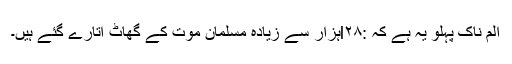
الم ناک پہلو یہ ہے کہ :l۲۸ہزار سے زیادہ مسلمان موت کے گھاٹ اُتارے گئے ہیں۔